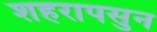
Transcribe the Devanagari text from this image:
शहरापसुन